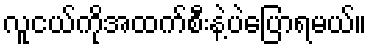
လူငယ်ကိုအထက်စီးနဲ့ပဲပြောရမယ်။